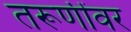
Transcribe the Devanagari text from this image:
तरूणींवर